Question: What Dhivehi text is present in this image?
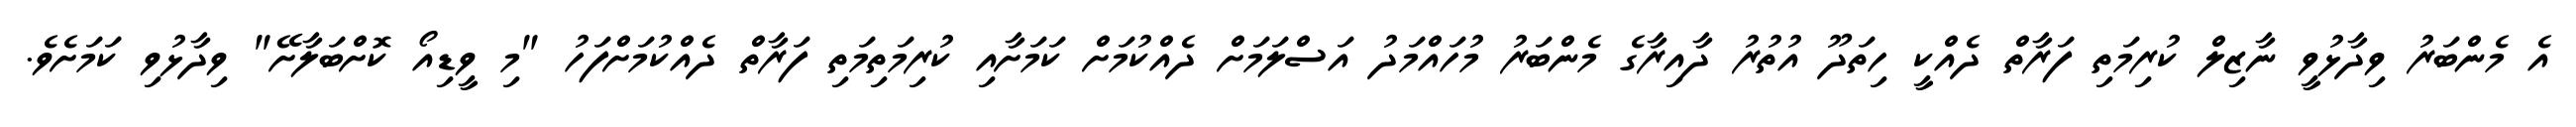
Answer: އެ މެންބަރު ވިދާޅުވީ ނާޒިލް ކުރިމަތި ފަރާތް ދެއްކީ ހިތަދޫ އުތުރު ދާއިރާގެ މެންބަރު މުހައްމަދު އަސްލަމަށް ދެއްކުމަށް ކަމަށާއި ކުރިމަތިމަތި ފަރާތް ދެއްކުމަށްފަހު "މި ވީޑިއޯ ކޮށްބަލާށޭ" ވިދާޅުވި ކަމަށެވެ.